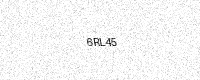
Text: 6RL45